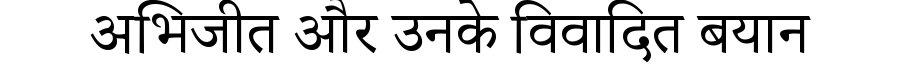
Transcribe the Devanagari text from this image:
अभिजीत और उनके विवादित बयान